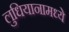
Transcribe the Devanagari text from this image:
लुधियानामध्ये